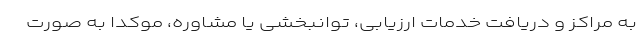
به مراکز و دریافت خدمات ارزیابی، توانبخشی یا مشاوره، موکدا به صورت